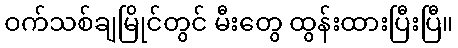
ဝက်သစ်ချမြိုင်တွင် မီးတွေ ထွန်းထားပြီးပြီ။